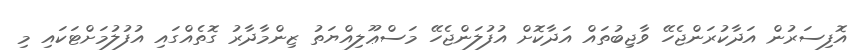
އޮފިސަރުން އަދާކުރަންޖެހޭ ވާޖިބުތައް އަދާކޮށް އުފުލަންޖެހޭ މަސްޢޫލިއްޔަތު ޒިންމާދާރު ގޮތެއްގައި އުފުލުމަށްޓަކައި މި